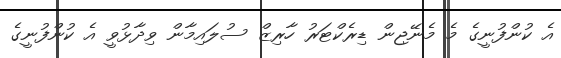
އެ ކުންފުނީގެ މެ މެނޭޖިން ޑިރެކްޓަރު ހާރިޒް ސުލައިމާން ވިދާޅުވީ އެ ކުންފުނީގެ